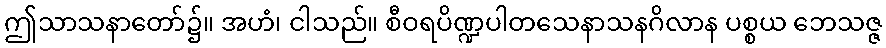
ဤသာသနာတော်၌။ အဟံ၊ ငါသည်။ စီဝရပိဏ္ဍပါတသေနာသနဂိလာန ပစ္စယ ဘေသဇ္ဇ